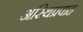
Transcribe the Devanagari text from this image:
अस्थिप्रवाह